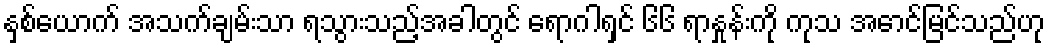
နှစ်ယောက် အသက်ချမ်းသာ ရသွားသည့်အခါတွင် ရောဂါရှင် ၆၆ ရာနှုန်းကို ကုသ အောင်မြင်သည်ဟု